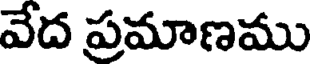
వేద ప్రమాణము